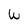
Character: W